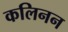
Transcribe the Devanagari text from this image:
कलिनन